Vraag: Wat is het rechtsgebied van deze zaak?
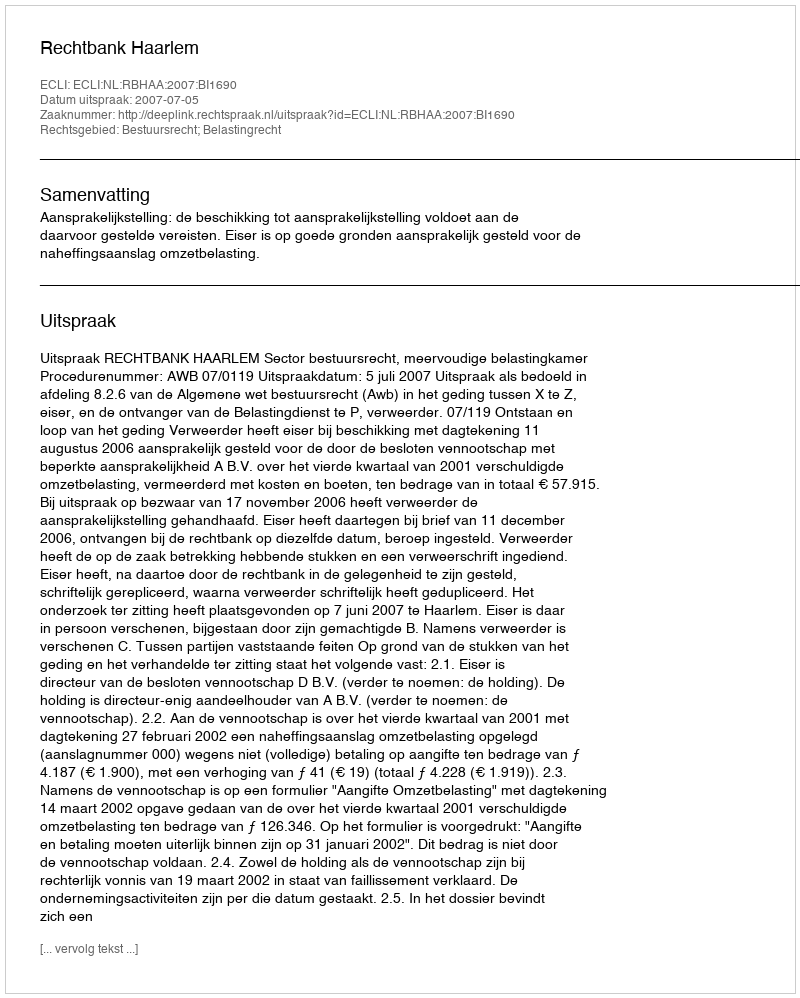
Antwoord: Bestuursrecht; Belastingrecht